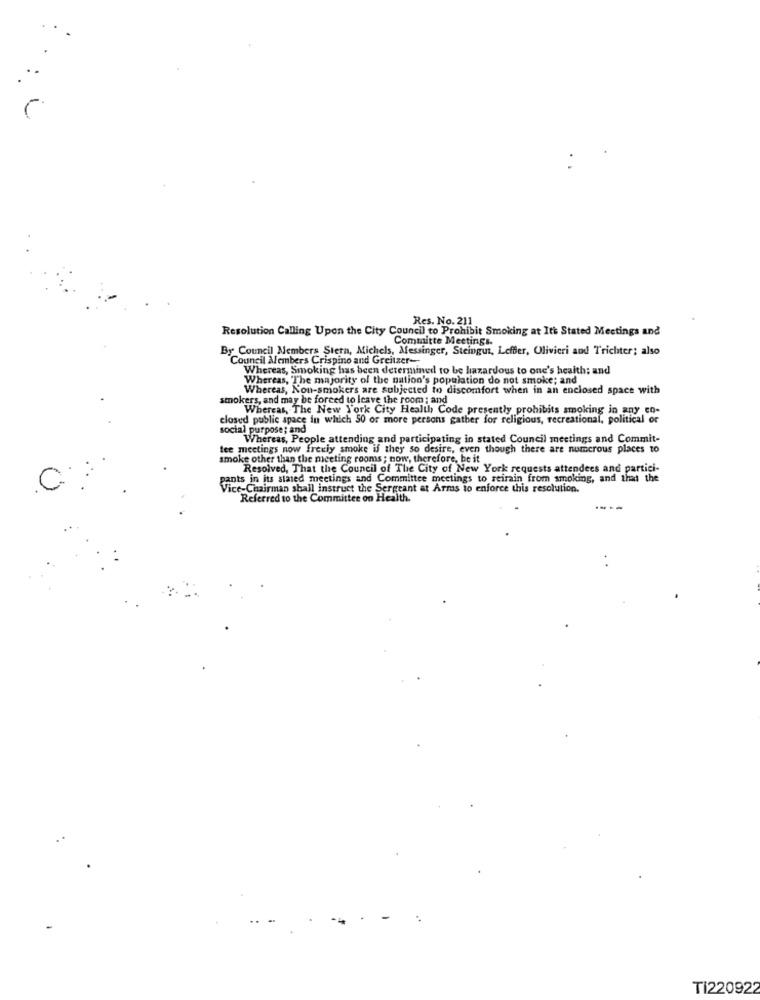
Res. No. 211
Resolution Calling Upon the City Council to Prohibit Smoking at It's Stated Meetings and
Committe Meetings.
By Council Members Stern, Michels, Messinger, Steingut, Leffler, Olivieri and Trichter: also
Council Members Crispino and Greitzer-
Whereas, Smoking has been determined to be hazardous to one's heaith; and
Whereas, The majority of the nation's population do not smoke; and
Whereas, Non-smokers are subjected to discomfort when in an enclosed space with
smokers, and may be forced to leave the room ; and
Whereas, The New York City Health Code presently prohibits smoking in any en-
closed public space in which 50 or more persons gather for religious, recreational, political or
social purpose; and
Whereas, People attending and participating in stated Council meetings and Commit-
tee meetings now freely smoke if they so desire, even though there are numerous places to
smoke other than the meeting rooms ; now, therefore, be it
Resolved, That the Council of The City of New York requests attendees and partici-
pants in its stated meetings and Committee meetings to reirain from smoking, and that the
Vice-Chairman shall instruct the Sergeant at Arms to enforce this resolution.
Referred to the Committee on Health.
Ti220922